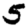
Digit: 5